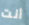
أنت